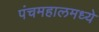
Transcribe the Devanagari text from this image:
पंचमहालमध्ये